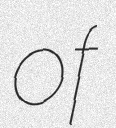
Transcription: of